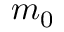
m _ { 0 }